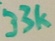
Text: 33k